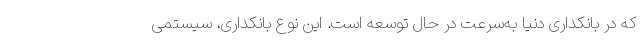
که در بانکداری دنیا به‌سرعت در حال توسعه است. این نوع بانکداری، سیستمی